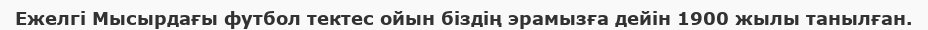
Ежелгі Мысырдағы футбол тектес ойын біздің эрамызға дейін 1900 жылы танылған.